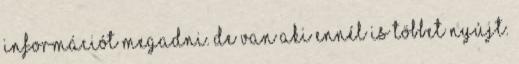
információt megadni. De van aki ennél is többet nyújt.